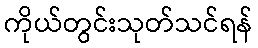
ကိုယ်တွင်းသုတ်သင်ရန်